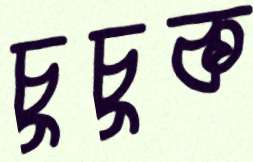
চুচুক